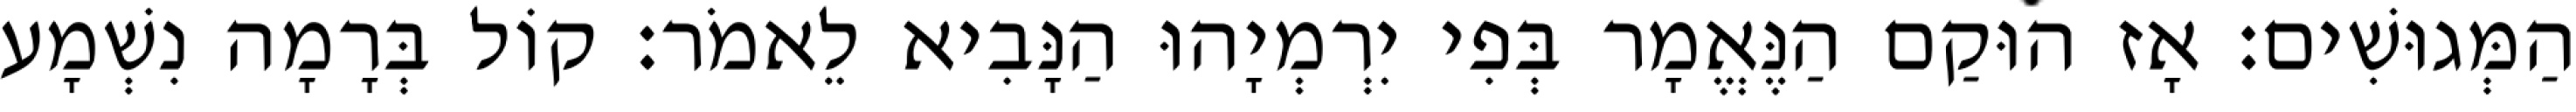
הַמְּגוּשִׁים׃ אָז הוּקַם הַנֶּאֱמָר בְּפִי יִרְמְיָהוּ הַנָּבִיא לֵאמֹר׃ קוֹל בְּרָמָה נִשְׁמָע